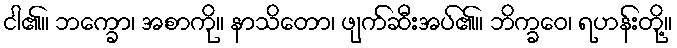
ငါ၏။ ဘက္ခော၊ အစာကို။ နာသိတော၊ ဖျက်ဆီးအပ်၏။ ဘိက္ခဝေ၊ ရဟန်းတို့။